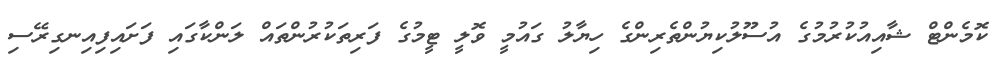
ކޮމެންޓް ޝާއިއުކުރުމުގެ އުސޫލުކިޔުންތެރިންގެ ހިޔާލު ގައުމީ ވޮލީ ޓީމުގެ ފަރިތަކުރުންތައް ލަންކާގައި ފަށައިފިއިނގިރޭސި